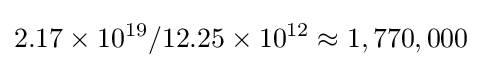
{2.17\times 10^{19}/12.25\times 10^{12}\approx 1,770,000}